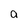
Character: a